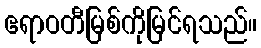
ဧရာဝတီမြစ်ကိုမြင်ရသည်။